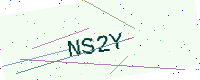
Text: NS2Y